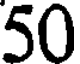
50